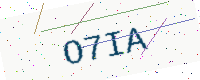
Text: O7IA